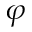
\varphi